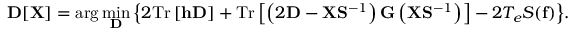
{ \displaystyle { \bf D } [ { \bf X } ] = \arg \operatorname* { m i n } _ { { \bf D } } \left\{ 2 \mathrm { T r } \left[ { \bf h } { \bf D } \right] + \mathrm { T r } \left[ \left( 2 { \bf D } - { \bf X } { \bf S } ^ { - 1 } \right) { \bf G } \left( { \bf X } { \bf S } ^ { - 1 } \right) \right] - 2 T _ { e } { \cal S } ( { \bf f } ) \right\} } .